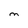
Character: M